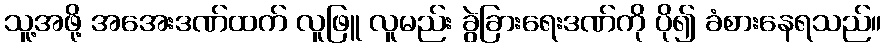
သူ့အဖို့ အအေးဒဏ်ထက် လူဖြူ လူမည်း ခွဲခြားရေးဒဏ်ကို ပို၍ ခံစားနေရသည်။